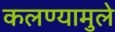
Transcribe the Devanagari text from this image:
कलण्यामुले